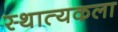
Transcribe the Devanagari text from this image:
स्थात्यकला